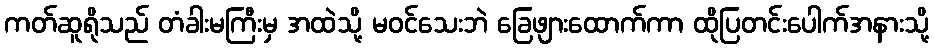
ကတ်ဆူရိုသည် တံခါးမကြီးမှ အထဲသို့ မဝင်သေးဘဲ ခြေဖျားထောက်ကာ ထိုပြတင်းပေါက်အနားသို့